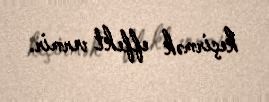
keçirmək effekt vermir.